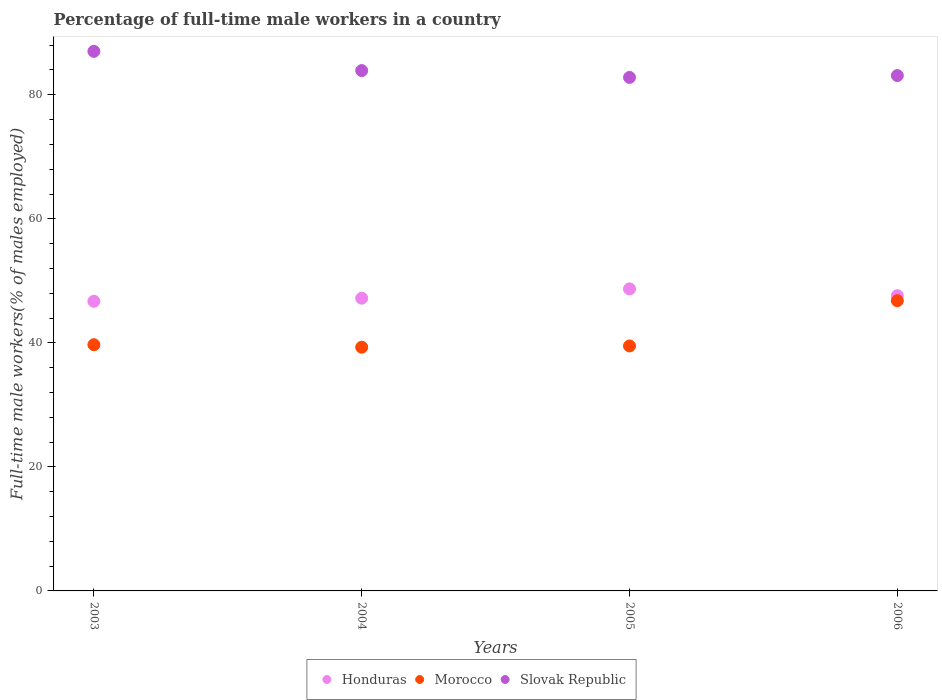
| Years | Honduras | Morocco | Slovak Republic |
 | --- | --- | --- | --- |
 | 2003 | 46.7 | 39.7 | 87 |
 | 2004 | 47.2 | 39.3 | 83.9 |
 | 2005 | 48.7 | 39.5 | 82.8 |
 | 2006 | 47.6 | 46.8 | 83.1 |